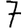
Digit: 7